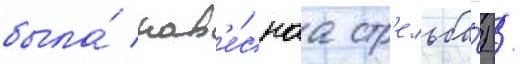
была́ нав'е́снаа стр'ельба́) /